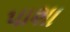
પાશા